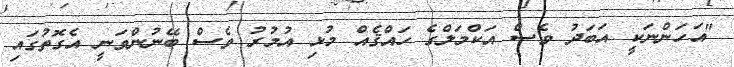
"އަހަންނަކީ އަބަދު ވެސް އަކްމަލްގެ ހައްޤެއް މުޅި އުމުރު ވެސް ބޭނުންވަނީ އެގޮތުގައި